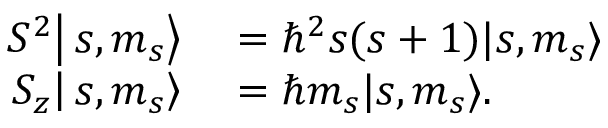
\begin{array} { r l } { \left. \left. S ^ { 2 } \right| s , m _ { s } \right\rangle } & { { } = \hbar ^ { 2 } s ( s + 1 ) | s , m _ { s } \rangle } \\ { \left. \left. S _ { z } \right| s , m _ { s } \right\rangle } & { { } = \hbar m _ { s } | s , m _ { s } \rangle . } \end{array}